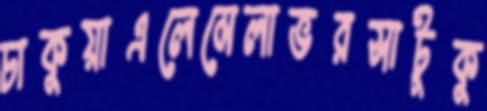
চাকুয়াএলেমেলাভরসাটুকু